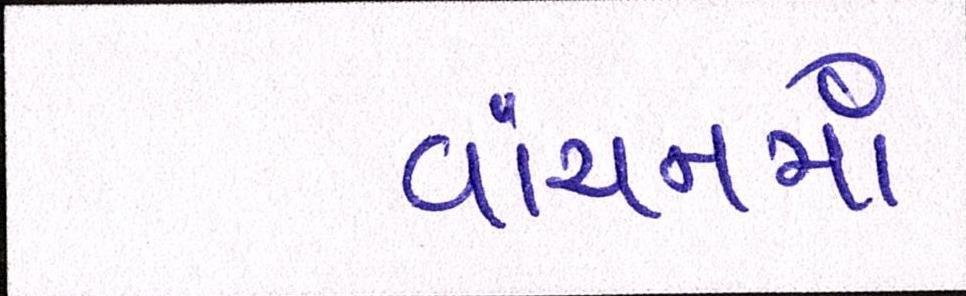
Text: વાંચનમાં